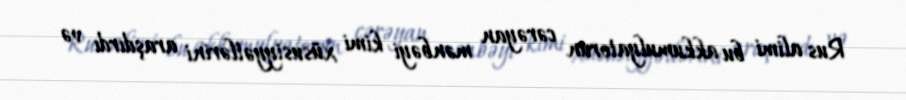
Rus alimi bu akkumulyatorun cərəyan mənbəyi kimi xüsusiyyətlərini araşdırdı və